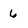
Character: 6